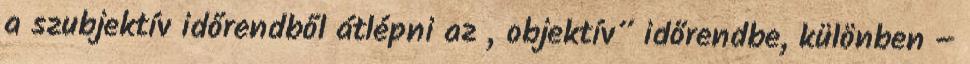
a szubjektív időrendből átlépni az „objektív” időrend­be, különben –